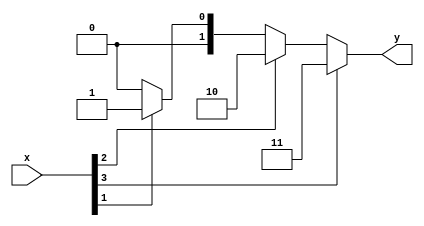
module golden_model (
    input [3:0] x,
    output reg [1:0] y
);
    always @(*) begin
        if (x[3])
            y = 2'b11;
        else if (x[2])
            y = 2'b10;
        else if (x[1])
            y = 2'b01;
        else
            y = 2'b00;
    end
endmodule